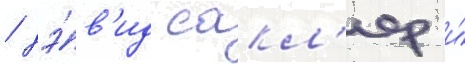
/ дэ́в'ид сакл'ер и́